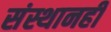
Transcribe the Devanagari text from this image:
संस्थानही